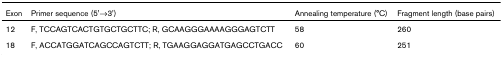
<table><thead><tr><td><b>Exon</b></td><td><b>Primer sequence (5&#x27;→3&#x27;)</b></td><td><b>Annealing temperature (°C)</b></td><td><b>Fragment length (base pairs)</b></td></tr></thead><tbody><tr><td>12</td><td>F, TCCAGTCACTGTGCTGCTTC; R, GCAAGGGAAAAGGGAGTCTT</td><td>58</td><td>260</td></tr><tr><td>18</td><td>F, ACCATGGATCAGCCAGTCTT; R, TGAAGGAGGATGAGCCTGACC</td><td>60</td><td>251</td></tr></tbody></table>